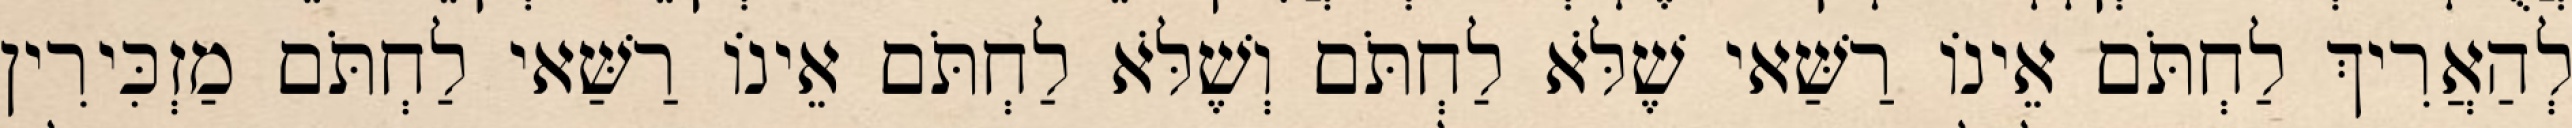
לְהַאֲרִיךְ לַחְתֹּם אֵינוֹ רַשַּׁאי שֶׁלֹּא לַחְתֹּם וְשֶׁלֹּא לַחְתֹּם אֵינוֹ רַשַּׁאי לַחְתֹּם מַזְכִּירִין